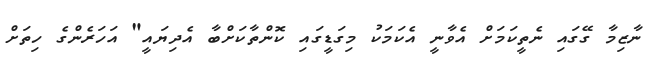
ނާޒިމާ ގޭގައި ނެތީކަމަށް އެވާނީ އެކަމަކު މިގަޑީގައި ކޮންތާކަށްބާ އެދިޔައީ" އަހަރެންގެ ހިތަށް